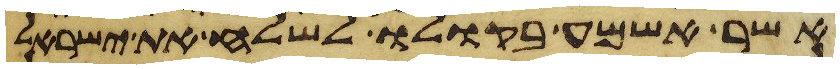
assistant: אשר אשמע בקולו לשלח את ישראל